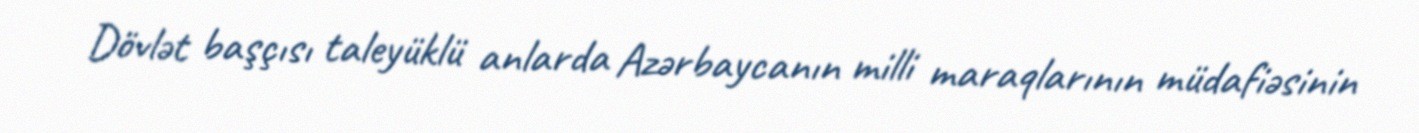
Dövlət başçısı taleyüklü anlarda Azərbaycanın milli maraqlarının müdafiəsinin